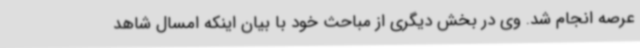
عرصه انجام شد. وی در بخش دیگری از مباحث خود با بیان اینکه امسال شاهد